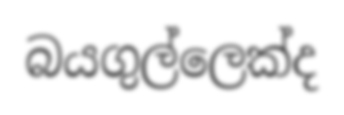
බයගුල්ලෙක්ද